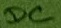
Text: DC